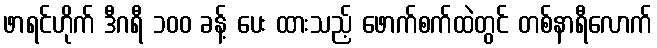
ဖာရင်ဟိုက် ဒီဂရီ ၁၀၀ ခန့် ပေး ထားသည့် ဖောက်စက်ထဲတွင် တစ်နာရီလောက်